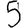
Digit: 5